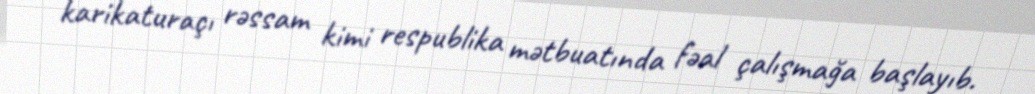
karikaturaçı rəssam kimi respublika mətbuatında fəal çalışmağa başlayıb.